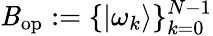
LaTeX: \mathit{B}_{\mathrm{{op}}}:=\{ |\omega_{k}\rangle\} _{k=0}^{N-1}